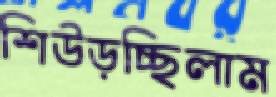
শিউড়চ্ছিলাম